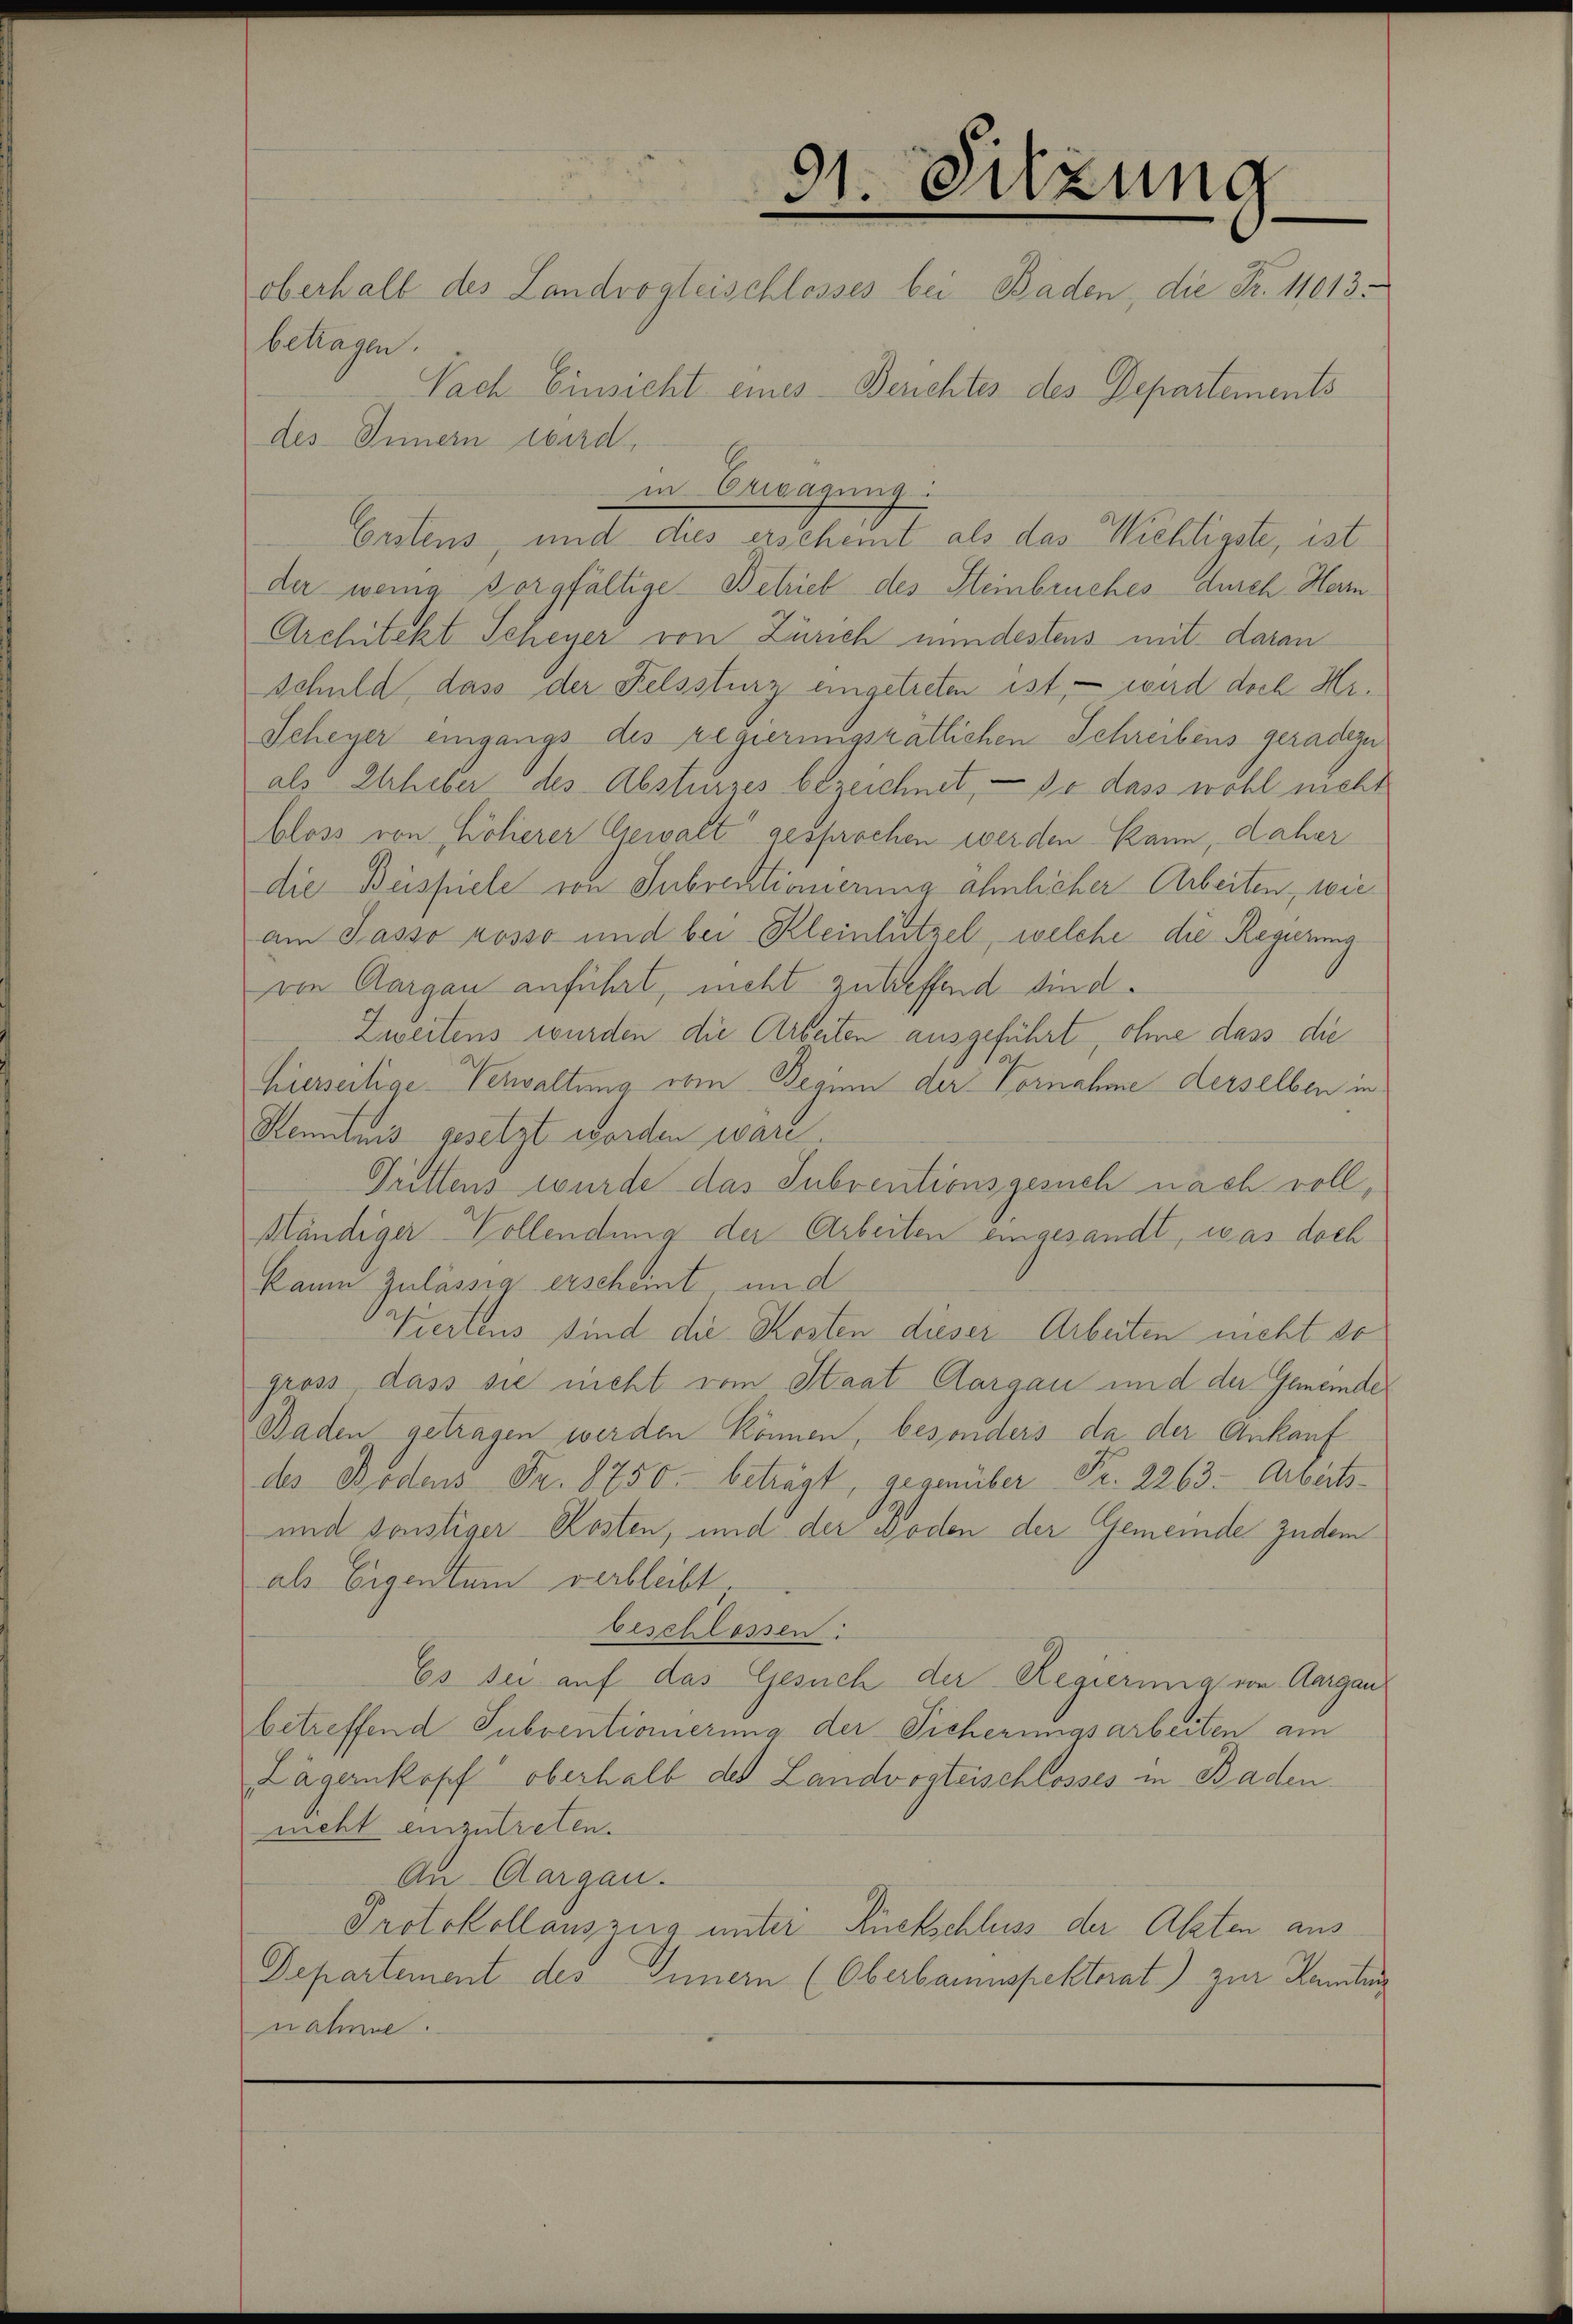
91. Sitzung
oberhalb des Landvogleischlosses bei Baden, die Fr. 11013.
betragen.
Nach Einsicht eines Berichtes des Departements
des Innern wird,

der wenig sorgfältige Betrieb des Steinbruches durch Herr¬
Architekt Scheyer von Zürich mindestens mit daran
schuld dass der Felssturz eingetreten ist, – wird doch Hr.
Scheyer eingangs des regierungsrätlichen Schreibens geradezu
als Urheber des Absturzes bezeichnet, – so dass wohl nicht
bloss von Löherer Gewalt gesprochen werden kann, daher
die Beispiele von Inbrektionierung ähnlicher Arbeiten, wie
am Passo rosso und bei Kleinlützel, welche die Regierma
von Aargau anführt, nicht zutreffend sind.
Zweitens wurden die Arbeiten ausgeführt, ohne dass die
hierseitige Verwaltung vom Beginn der Vornahme derselben in
Kenntnis gesetzt worden wäre.
Grittens wurde das Subventionsgesuch nach voll,
Mändiger Vollendung der Arbeiten eingesandt, was doch
kaum Zulässig erscheint, und
Viertens sind die Kosten dieser Arbeiten nicht do
gross, dass sie nicht vom Staat Aargau und der Gemeinde
Baden getragen werden können, besonders da der Ankauf
des Bodens Fr. 8750. beträgt, gegenüber Fr. 2263. Arbeits¬
und sonstiger Kosten, und der Boden der Gemeinde zudem
als Eigentum verbleibt,
beschlossen:
Es sei auf das Gesuch der Regierung von Aargau
betreffend Subventionierung der Sicherungsarbeiten am
Lägernkopf oberhalb des Landvogteischlosses in Baden.
neht einzutreten.
An Aargau.
Protokollauszug unter Rückschluss der Akten aus
Departement des Innern (Oberbaumspektorat) zur Kamtung
nahme.

in Erwägung:
Erstens und dies erscheint als das Wichtigste, ist